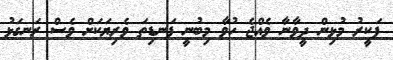
ފަކީރު މުޅިން ދީވާނާ ވެއްޖެ ހުވާ މިބުނީ ފަނޑިތަ ވެރިޔަކަށް ވެސް ރަނގަޅު